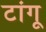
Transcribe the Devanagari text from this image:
टांगू